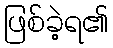
ဖြစ်ခဲ့ရ၏